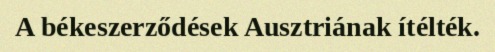
A békeszerződések Ausztriának ítélték.